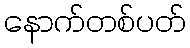
နောက်တစ်ပတ်